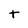
Character: t